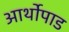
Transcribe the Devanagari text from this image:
आर्थोपाड